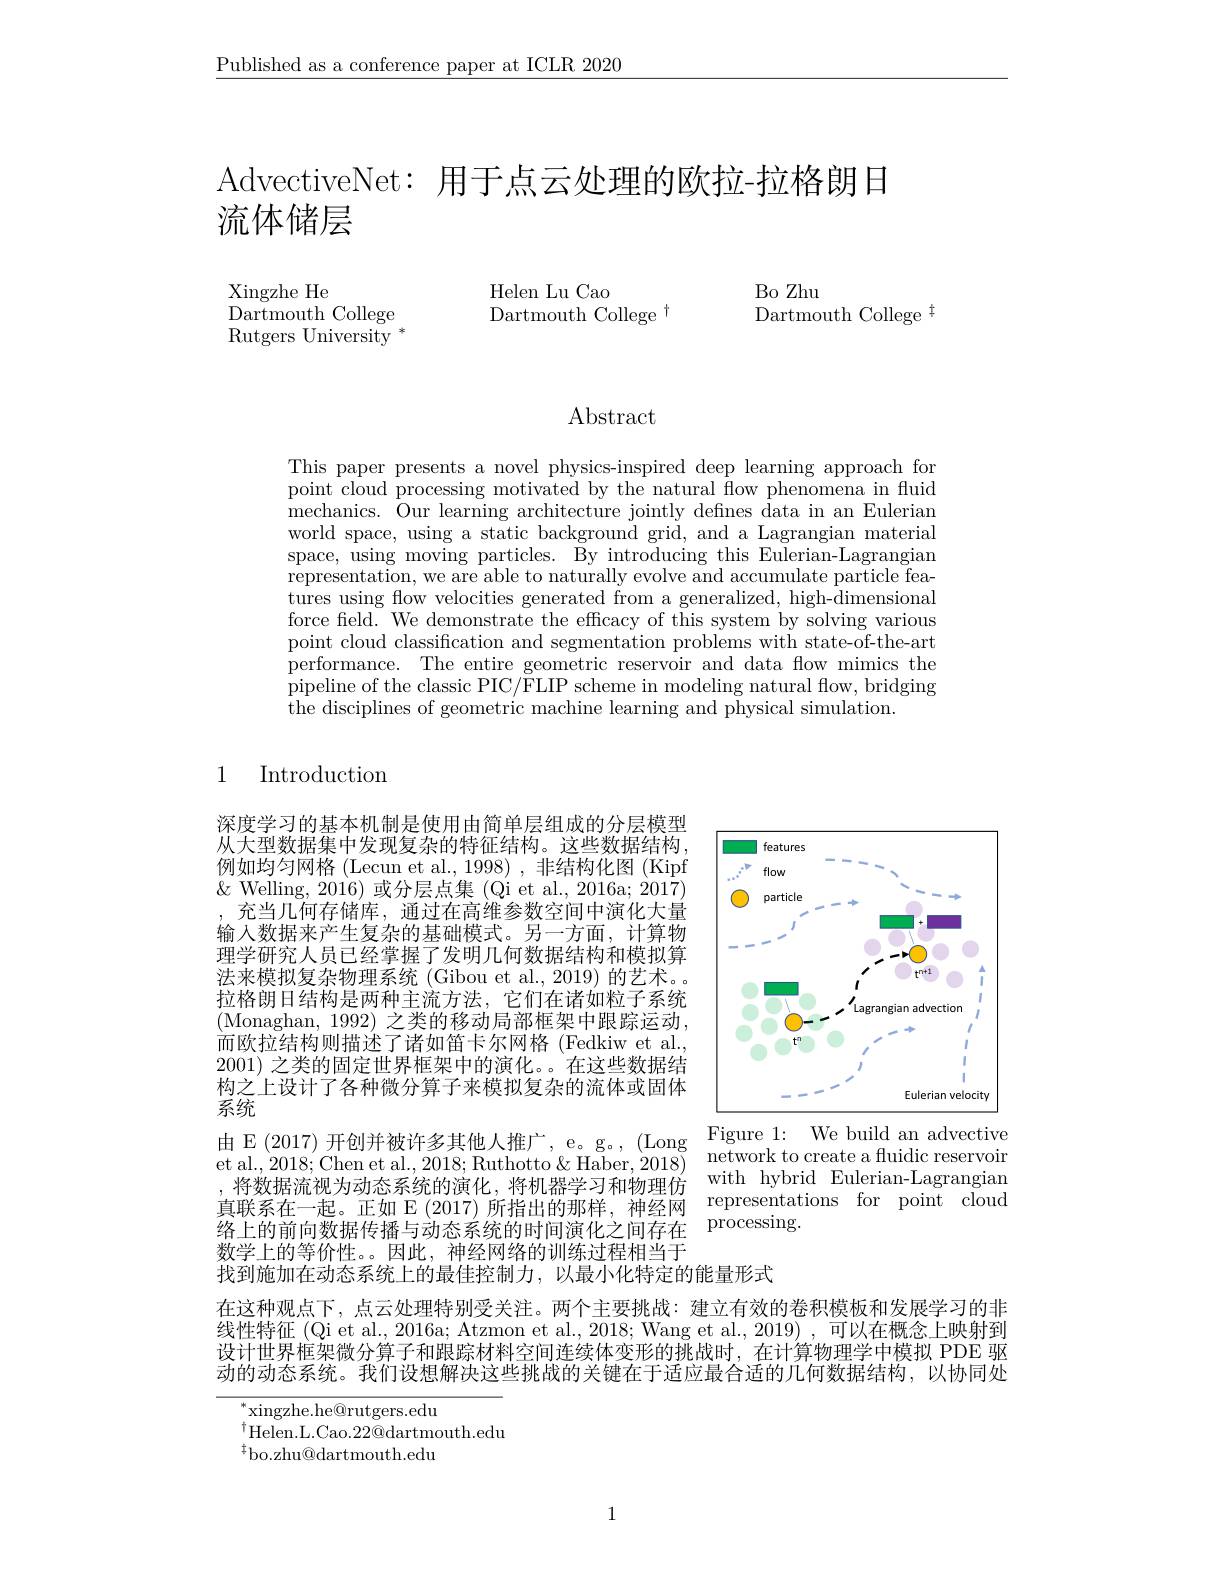
$\underline{\text{Published as a conference paper at ICLR 2020}}$

AdvectiveNet: 用于点云处理的欧拉-拉格朗日
# 流体储层

Bo Zhu
Dartmouth College $^{\dagger}$

Helen Lu Cao
Dartmouth College $^{\dagger}$

Xingzhe He
$\overset{\circ}{\operatorname*{\operatorname*{\operatorname*{Dartmouth}}}}$College Rutgers University $^*$

Abstract

This paper presents a novel physics-inspired deep learning approach for point cloud processing motivated by the natural flow phenomena in fluid mechanics. Our learning architecture jointly defnes data in an Eulerian world space, using a static background grid, and a Lagrangian material space, using moving particles. By introducing this Eulerian-Lagrangian representation, we are able to naturally evolve and accumulate particle features using flow velocities generated from a generalized, high-dimensional force field. We demonstrate the efficacy of this system by solving various point cloud classification and segmentation problems with state-of-the-art performance. The entire geometric reservoir and data flow mimics the pipeline of the classic PIC/FLIP scheme in modeling natural flow, bridging the disciplines of geometric machine learning and physical simulation.

1

Introduction

<FigureHere>

深度学习的基本机制是使用由简单层组成的分层模型从大型数据集中发现复杂的特征结构。这些数据结构， 例如均匀网格 (Lecun et al., 1998) ,非结构化图 (Kipf $\&$ Welling, 2016)或分层点集 (Qi et al., 2016a; 2017) ,充当几何存储库，通过在高维参数空间中演化大量输入数据来产生复杂的基础模式。另一方面，计算物理学研究人员已经掌握了发明几何数据结构和模拟算法来模拟复杂物理系统 (Gibou et al.,2019) 的艺术。拉格朗日结构是两种主流方法，它们在诸如粒子系统(Monaghan, 1992) 之类的移动局部框架中跟踪运动， $\bar{\text{而欧拉结构则描述了诸如笛卡尔网格(Fedkiw et al.}}$, 2001)之类的固定世界框架中的演化。在这些数据结构之上设计了各种微分算子来模拟复杂的流体或固体系统
$\begin{array}{lll}\text{由 E (2017)开创并被许多其他人推广，e。g。,(Long}&\text{Figure 1: We build an advective}\\\text{et al.2018: Chen et al.2018: Buthotto 8 Haber.2018)}&\text{network to create a fluidic reservoir}\end{array}$ $etal. , 2018; Chenetal. , 2018; RuthottoHaber, 2018)$network to create a fludı c reservoir$text{}$ 将 数 据 流 视 为 动 态 系 统 的 演 化 , 将 机 器 学 习 和 物 理 仿 with hybrid Eulerian- Lagrangian 数学上的等价性。。因此，神经网络的训练过程相当于
找到施加在动态系统上的最佳控制力，以最小化特定的能量形式
在这种观点下，点云处理特别受关注。两个主要挑战：建立有效的卷积模板和发展学习的非线性特征 (Qi et al., 2016a; Atzmon et al., 2018; Wang et al., 2019) , 可以在概念上映射到

设计世界框架微分算子和跟踪材料空间连续体变形的挑战时，在计算物理学中模拟 PDE 驱动的动态系统。我们设想解决这些挑战的关键在于适应最合适的几何数据结构，以协同处

$^*$xingzhe.he@rutgers.edu
$^{\dagger}$Helen.L.Cao.22@dartmouth.edu
$^{\dagger}$bo.zhu@dartmouth.edu